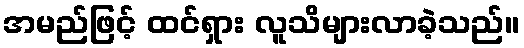
အမည်ဖြင့် ထင်ရှား လူသိများလာခဲ့သည်။